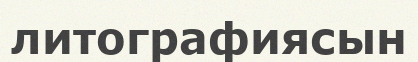
литографиясын